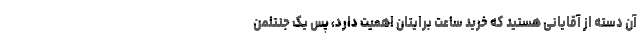
آن دسته از آقایانی هستید که خرید ساعت برایتان اهمیت دارد، پس یک جنتلمن